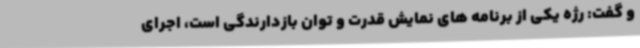
و گفت: رژه یکی از برنامه های نمایش قدرت و توان بازدارندگی است، اجرای